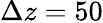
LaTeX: \Delta z=50